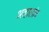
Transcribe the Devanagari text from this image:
अव्हालांच